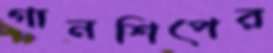
গানশিপের